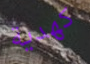
كهدية